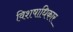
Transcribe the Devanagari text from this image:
विशषाधिकार